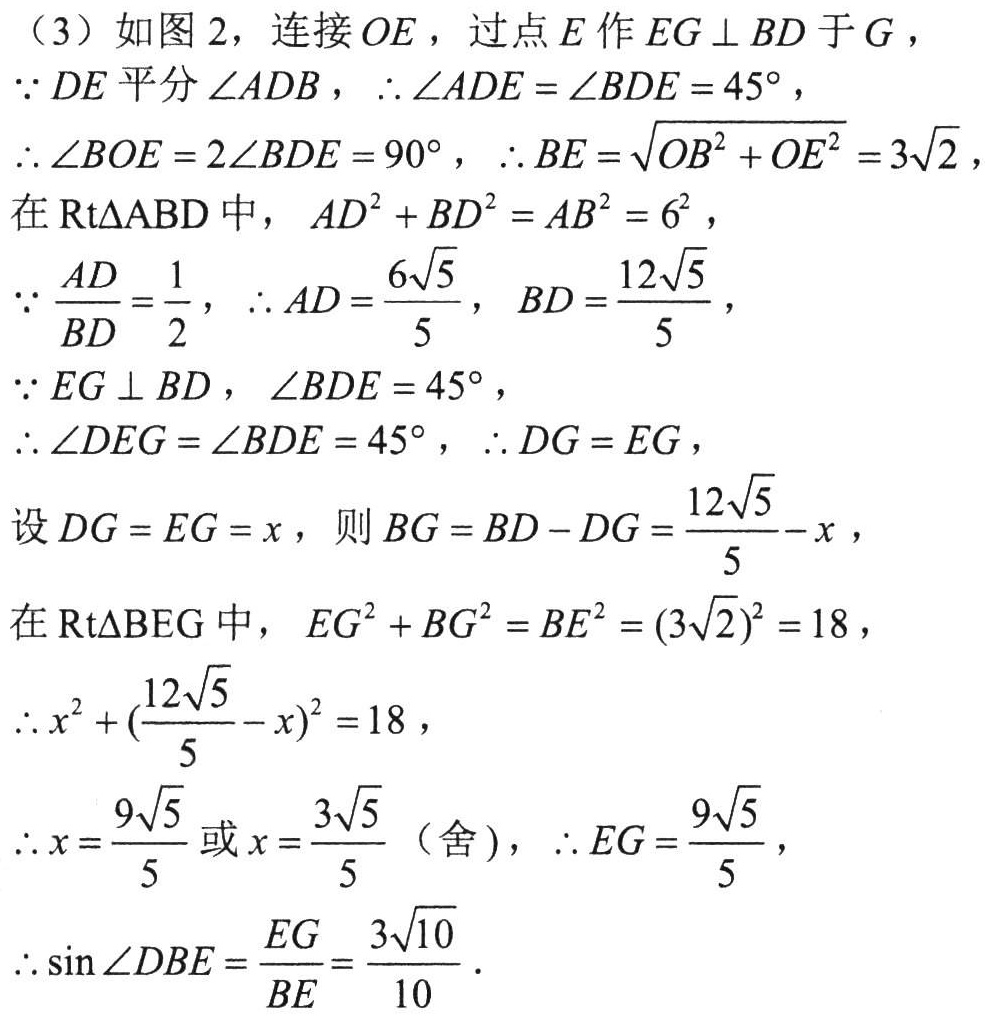
（3）如图 2，连接 \(OE\)，过点 \(E\) 作 \(EG\perp BD\) 于 \(G\)，
\(\because DE\) 平分 \(\angle ADB\)，\(\therefore \angle ADE = \angle BDE = 45^{\circ}\)，
\(\therefore \angle BOE = 2\angle BDE = 90^{\circ}\)，\(\therefore BE=\sqrt{OB^{2}+OE^{2}} = 3\sqrt{2}\)
在 \(\text{Rt}\triangle ABD\) 中，\(AD^{2}+BD^{2}=AB^{2}=6^{2}\)，
\(\because \frac{AD}{BD}=\frac{1}{2}\)，\(\therefore AD = \frac{6\sqrt{5}}{5}\)，\(BD = \frac{12\sqrt{5}}{5}\)，
\(\because EG\perp BD\)，\(\angle BDE = 45^{\circ}\)，
\(\therefore \angle DEG=\angle BDE = 45^{\circ}\)，\(\therefore DG = EG\)，
设 \(DG = EG = x\)，则 \(BG = BD - DG=\frac{12\sqrt{5}}{5}-x\)，
在 \(\text{Rt}\triangle BEG\) 中，\(EG^{2}+BG^{2}=BE^{2}=(3\sqrt{2})^{2}=18\)，
\(\therefore x^{2}+(\frac{12\sqrt{5}}{5}-x)^{2}=18\)，
\(\therefore x = \frac{9\sqrt{5}}{5}\) 或 \(x = \frac{3\sqrt{5}}{5}\)（舍），\(\therefore EG=\frac{9\sqrt{5}}{5}\)，
\(\therefore \sin\angle DBE=\frac{EG}{BE}=\frac{3\sqrt{10}}{10}\)．